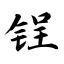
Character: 锃